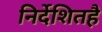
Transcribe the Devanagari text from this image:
निर्देशितहै